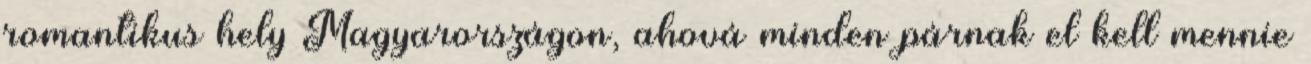
romantikus hely Magyarországon, ahová minden párnak el kell mennie